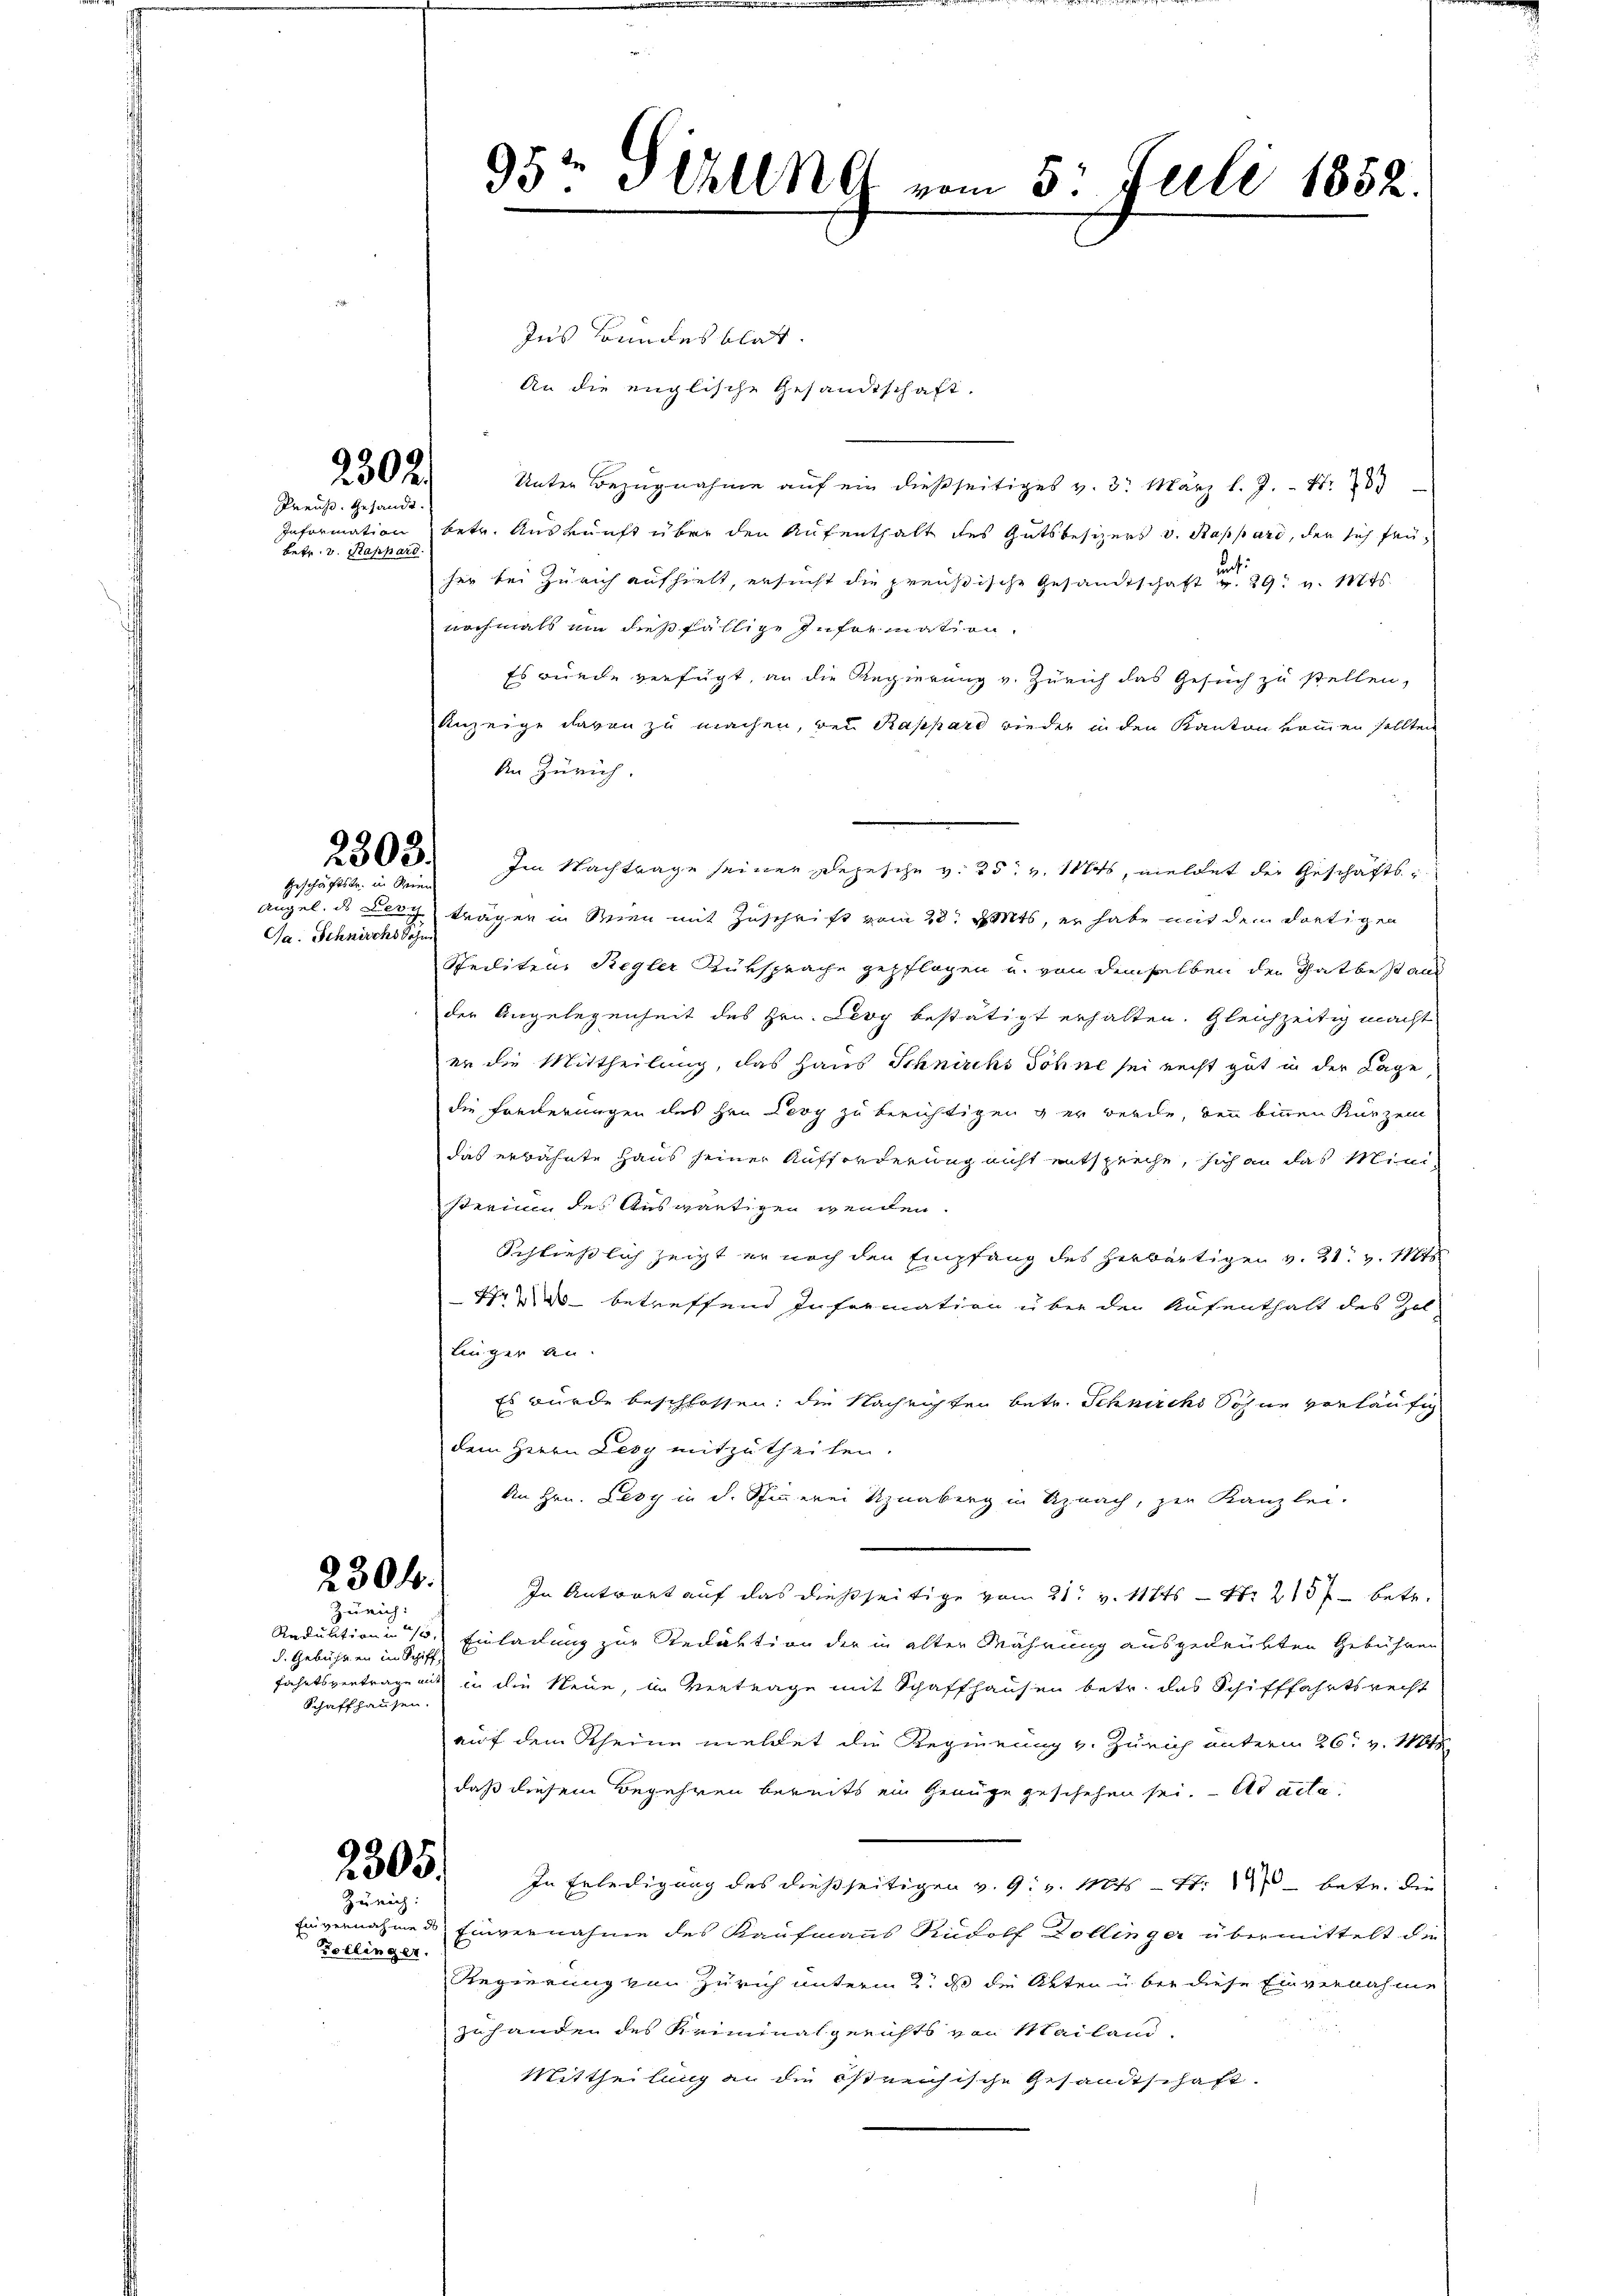
betr. v. Rappard.

Geschäftstr. in Reine

2302.
Preuß. Gesandt.

Ga. Schnischs Sohne

230 f.
Zürich:

d. Gebühren in Schiff,
Schaffhausen.

Zürich:

Zollinger.

Ins Bundesblatt.
An die englische Gesandtschaft.
Unter Bezugnahme aŭf ein dießseitiges v. 3. März l. J. N. 283
Information betr. Auskunft über den Aufenthalt des Gutsbesizers v. Rappard, den sich feu
her bei Zürich aufhielt, ersucht die preußische Gesandtschaften 29. v. Mts.
nochmals um dießfällige Information
Es wurde verfügt, an die Regierung v. Zürich das Gesuch zu stellen,
Anzeige davon zu machen, wenn Rappard wieder in den Kanton kommen sollten
An Zürich.
205. Im Nachtrage seiner Depesche v. 25. v. Mts, meldet der Geschäfts-
Angel. des der trägen in Wien mit Zuschrift vom 23. Mts, er habe mit dem dortigen
Spediten Regler Rüksprache gepflogen u. von demselben den Thatbest auf
der Angelegenheit des Hrn. Levy bestätigt erhalten. Gleichzeitig macht
er die Mittheilung, das Haus Schnischs Söhne sei recht gut in der Lage
die Freiterungen des Hrn. Levy zu berichtigen & er werde, bei binnen Kurzem
das erwähnte Haus seiner Aufforderung nicht entspreche, sich an das Ministerium des Auswärtigen wenden.
Schließlich zeigt er nach den Empfang des herbärtigen v. 21. v. 11845
47 2do betreffend Information über den Aufenthalt des Zol
linger an.
Es wurde beschlossen: die Nachrichten betr. Schnicks Söhne vorläufig
dem Herrn Lesy mitzutheilen.
An Hrn. Lesy in d. Schinnerei Knaberg in Uznach, zur Kanzlei-
In Antwort auf das dießseitige vom 21t v. Mts. — Nr. 2157 betr.
Reduktion 15. Einladung zur Redaktion der in alter Währung ausgedrükten Gebühren
fahrtsvertrage aus in die Neue, in Vertrage mit Schaffhausen betr. das Schifffahrtsrecht
auf dem Rheine meldet die Regierung v. Zürich unterm 26t v. 161
daß diesem Begehren bereits ein Genüge geschehen sei. Ad acta
2300. In Erledigung des dießseitigen v. 9. v. Mts. - Nr. 1970 betr. die
Einvernahme ds Einvernahme des Kaufmanns Rudolf Dollinger übermittelt die
Regierung von Zürich unterm 2t d die Akten u. bei diese Einvernahme
zuhanden des Reiminalgerichts von Mailand,
Mittheilung an die östreichische Gesandtschaft.

95te Sehling vom 5. Juli 1852.